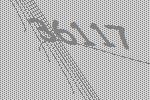
36117